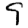
Digit: 9